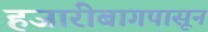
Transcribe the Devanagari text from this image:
हजारीबागपासून